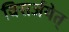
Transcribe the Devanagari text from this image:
विसर्जयेत्